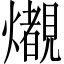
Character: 𤒠